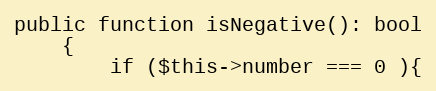
Language: PHP
public function isNegative(): bool
    {
        if ($this->number === 0 ){